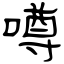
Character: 噂